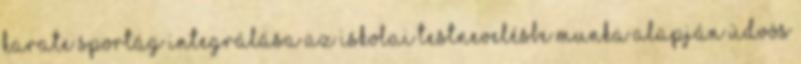
Karate sportág integrálása az iskolai testnevelésbe munka alapján Üdvös